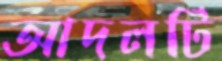
আদলটি